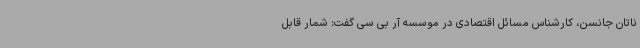
ناتان جانسن، کارشناس مسائل اقتصادی در موسسه آر بی سی گفت: شمار قابل